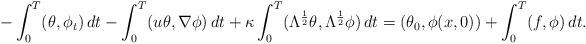
\begin{align*}-\int_0^T(\theta, \phi_t)\, dt-\int_0^T(u\theta, \nabla\phi)\, dt+\kappa\int_0^T(\Lambda^{\frac{1}{2}}\theta, \Lambda^{\frac{1}{2}}\phi)\, dt=(\theta_0, \phi(x,0))+\int_0^T(f, \phi)\, dt.\end{align*}